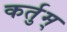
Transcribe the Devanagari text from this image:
कर्तुम्